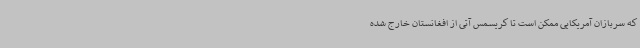
که سربازان آمریکایی ممکن است تا کریسمس آتی از افغانستان خارج شده